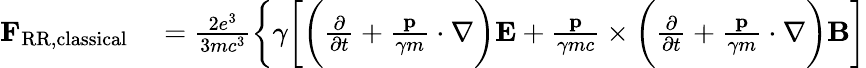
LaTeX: \begin{array}{rl}{\mathbf{F}_{\mathrm{RR,classical}}}&{{}=\frac{2e^{3}}{3mc^{3}}\bigg\lbrace\gamma\bigg[\bigg(\frac{\partial}{\partial t}+\frac{\mathbf{p}}{\gamma m}\cdot\nabla\bigg)\mathbf{E}+\frac{\mathbf{p}}{\gamma mc}\times\bigg(\frac{\partial}{\partial t}+\frac{\mathbf{p}}{\gamma m}\cdot\nabla\bigg)\mathbf{B}\bigg]}\end{array}